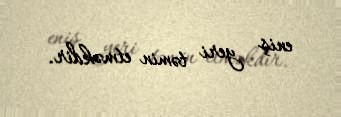
eniş yeri təmin etməkdir.